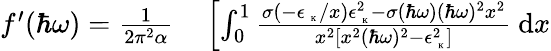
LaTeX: \begin{array}{rl}{f^{\prime}(\hbar\omega)=\frac{1}{2\pi^{2}\alpha}}&{{}\left[\int_{0}^{1}\frac{\sigma(-\epsilon_{\mathrm{~\tiny~K~}}/x)\epsilon_{\mathrm{~\tiny~K~}}^{2}-\sigma(\hbar\omega)(\hbar\omega)^{2}x^{2}}{x^{2}\left[x^{2}(\hbar\omega)^{2}-\epsilon_{\mathrm{~\tiny~K~}}^{2}\right]}~\mathrm{d}x\right.}\end{array}